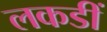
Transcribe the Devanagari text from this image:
लकडीं